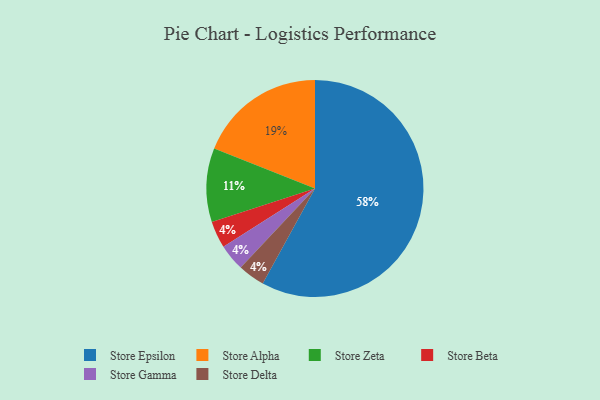
{"axis": {"x": "Category", "y": "Percentage"}, "legend": ["Store Alpha", "Store Beta", "Store Delta", "Store Epsilon", "Store Gamma", "Store Zeta"], "data": [{"x": "Store Epsilon", "y": 58, "type": "Store Epsilon"}, {"x": "Store Beta", "y": 4, "type": "Store Beta"}, {"x": "Store Alpha", "y": 19, "type": "Store Alpha"}, {"x": "Store Gamma", "y": 4, "type": "Store Gamma"}, {"x": "Store Zeta", "y": 11, "type": "Store Zeta"}, {"x": "Store Delta", "y": 4, "type": "Store Delta"}]}